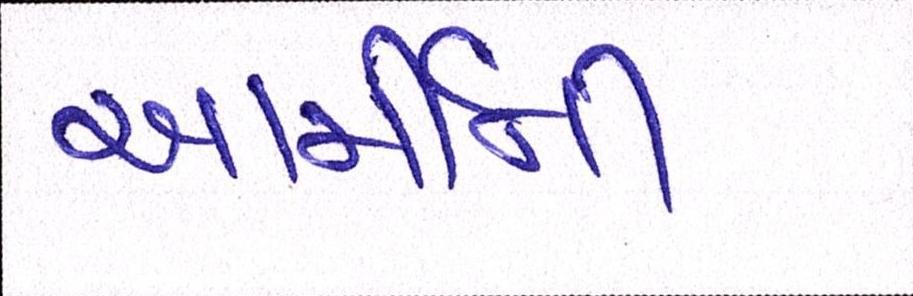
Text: આર્મીની